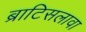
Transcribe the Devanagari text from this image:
ब्राटिसलावा